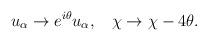
LaTeX: \begin{align*}u_{\alpha} \rightarrow e^{i \theta} u_{\alpha}, \: \: \: \: \chi\rightarrow \chi - 4 \theta.\end{align*}